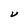
Character: V